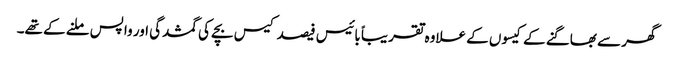
گھر سے بھاگنے کے کیسوں کے علاوہ تقریباً بائیس فیصد کیس بچے کی گمشدگی اور واپس ملنے کے تھے۔